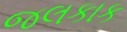
જલકાક